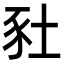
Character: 䝅